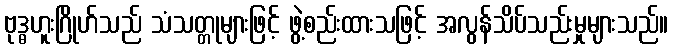
ဗုဒ္ဓဟူးဂြိုဟ်သည် သံသတ္တုများဖြင့် ဖွဲ့စည်းထားသဖြင့် အလွန်သိပ်သည်းမှုများသည်။